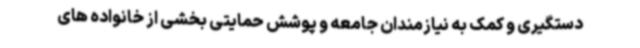
دستگیری و کمک به نیازمندان جامعه و پوشش حمایتی بخشی از خانواده های